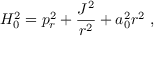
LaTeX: H _ { 0 } ^ { 2 } = p _ { r } ^ { 2 } + { \frac { J ^ { 2 } } { r ^ { 2 } } } + a _ { 0 } ^ { 2 } r ^ { 2 } \ ,